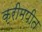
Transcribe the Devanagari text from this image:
क्रीमपीत